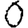
Digit: 0